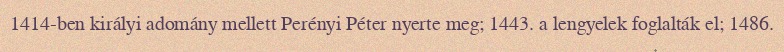
1414-ben királyi adomány mellett Perényi Péter nyerte meg; 1443. a lengyelek foglalták el; 1486.